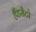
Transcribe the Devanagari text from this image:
हैंडसैटो